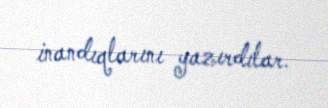
inandıqlarını yazırdılar.